Annual report on the lock hospitals of the Madras Presidency
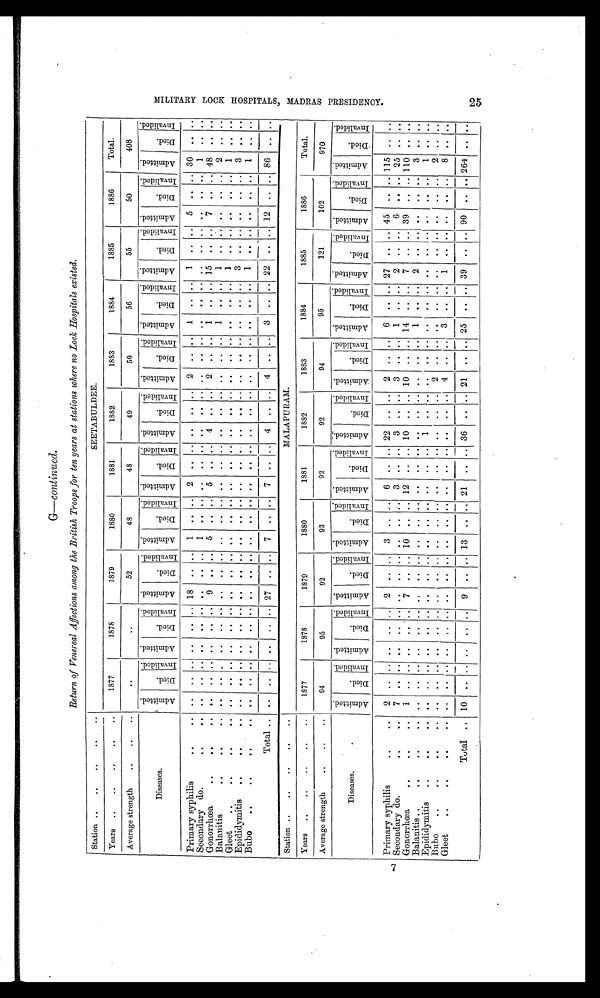
M I L I T A R Y L O O K H O S P I T A L S , M A D R A S P R E S I D E N C Y . 2 5
G—continued.
Return of Venereal Affections among the British Troops for ten years at stations where no Lock Hospitals existed.
Station ..
..
..
..
..
SEETABULDEE.
Years ..
..
..
..
..
1877
1878
1879
1880
1881
1882
1883
1884
1885
1886
Total.
Average strength
..
..
..
. .
..
52
48
48
49
50
56
55
50
408
Diseases.
A d m i t t e d .
D i e d .
I n v a l i d e d . A d m i t t e d .
D i e d .
I n v a l i d e d .
A d m i t t e d .
D i e d .
I n v a l i d e d .
A d m i t t e d .
D i e d .
I n v a l i d e d . A d m i t t e d .
D i e d .
I n v a l i d e d . A d m i t t e d .
D i e d .
I n v a l i d e d . A d m i t t e d .
D i e d .
I n v a l i d e d . A d m i t t e d .
D i e d .
I n v a l i d e d . A d m i t t e d .
D i e d .
I n v a l i d e d .
A d m i t t e d .
D i e d .
I n v a l i d e d .
A d m i t t e d .
D i e d .
I n v a l i d e d .
Primary syphilis
..
. . . .
. . .. . .
. .
. . 18
. . . . 1
. .
. . 2
. . . . . .
. . .. 2
.. . . 1 .. ..
1 . .
. . 5
. . .. 30
. . ..
Secondary do.
..
..
. . . . .. . .
. .
. . . .
. . . . 1 . .
. . . .
. . . . . .
. . .. . .
. . . . . .
. . .. . .
. .
. . .. . . .. 1
. . ..
Gonorrhœa
..
..
.. . . . . .. . .
. .
. . 9
. . . . 5
. .
. . 5
. . . . 4
. . ..
2
.. . . 1
. . .. 1 5
. .
. .
7 . . ..
4 8
. . ..
Balanitis
..
.
.
..
. . . . .. . .
. .
. . . .
. . . . . .
. .
. . . .
. . . . . .
. . .. . .
. . . . 1
. . ..
1 . .
. . .. . . ..
2
. .
..
Gleet
.. .. .. ..
. .
. . .. . .
. .
. . . .
. .
. . . .
. .
. . . .
. . . . . .
. . .. . .
. . . . . .
. . ..
1 . .
. . .. . . .. 1
. . ..
Epididymitis .. .. ..
. .
. . .. . .
. .
. . . .
. . . . . .
. .
. . . .
. . . . . .
1 .. . .
. . . . . .
. . .. 3
. .
. . .. . . ..
3
. . ..
Bubo
.. .. .. ..
. .
. . .. . .
. .
. . . .
. . . . . .
. .
. . . .
. . . . . .
. . .. . . ..
. . . .
. . ..
1 . .
. . .. . . .. 1
. . ..
Total . . . .
. . ..
. .
. .
. . 2 7
. . . . 7
. .
. . 7
..
. . 4
. . ..
4
. . . . 3
. .
.. 2 2
. .
. .
12
. .
..
8 6
. .
..
Station ..
..
..
..
..
MALAPURAM.
Years ..
.. .. .. ..
1877
1878
1879
1880
1881
1882
1883
1884
1885
1886
Total.
Average strength
..
..
..
9 4
9 5
9 2
9 3
9 2
9 2
9 4
9 5
1 2 1
1 0 2
9 7 0
Diseases.
A d m i t t e d .
D i e d .
I n v a l i d e d .
A d m i t t e d .
D i e d .
I n v a l i d e d . A d m i t t e d .
D i e d .
I n v a l i d e d . A d m i t t e d .
D i e d .
I n v a l i d e d . A d m i t t e d .
D i e d .
I n v a l i d e d . A d m i t t e d .
D i e d .
I n v a l i e d e . A d m i t t e d .
D i e d .
I n v a l i d e d . A d m i t t e d .
D i e d .
I n v a l i d e d . A d m i t t e d .
Di ed.
I n v a l i d e d . A d m i t t e d .
D i e d .
I n v a l i d e d . A d m i t t e d .
D i e d . I n v a l i d e d .
Primary syphilis
.. ..
2 . .
. . . .
. . .. 2
. . . . 3
. .
. . 6 . .
. . 2 2
. .
. . 2
. . . . 6
. .
. . 2 7 ..
. . 4 5 ..
. .
1 1 5 . . ..
Secondary do.
.. ..
7
. . . . . .
. . ..
8
. . . . . .
. . . . 3 . .
. . 3
. .
. . 3
. . . . 1
. .
. . 2 ..
. . 6 ..
. . 25 .. ..
Gonorrhœa
..
.. ..
1
. .
. . . .
. . .. 7
. . . . 10
. . . . 12 ..
. . 10
. . .. 10
. . . . 14
. .
. . 7 ..
. . 39 ..
. . 110 . . ..
Balanitis
. . . . . . . .
. .
. . . . . .
. . ..
. .
. . . . . .
. . . . . . . . . . . .
. . . . . .
. . . . 1
. . . . 2 ..
. . . . ..
. .
3 . . ..
Epididymitis ..
..
..
. .
. .
. . . .
. . .. . .
. . . . . .
. . . . . . . .
. . 1
. .
. . ..
. . . . . .
. .
. . . . ..
. . . . ..
. . 1
. . ..
Bubo
..
..
.. ..
. .
. .
. . . .
. . .. . .
. . . . . .
. . . . . . . .
. . . .
. .
. . 2
. . .. ..
. .
. . . . ..
. . . . ..
. .
2 .. ..
Gleet
..
.. .. ..
. .
. .
. . . .
. . .. . .
. . . . . .
. . . . . . . .
. . . .
. .
. . 4
. . . . 3 . .
. . 1 ..
. .
..
.. ..
8 .. ..
Total ..
1 0
. . . .
. .
. .
.. 9
. .
. . 13
. . . . 21
. .
. . 36
. .
. . 21
. . . . 25
. .
. . 39 ..
. . 90 ..
. .
2 8 4 .. ..
7